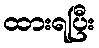
ထားရပြီး